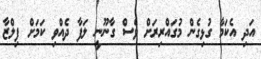
އަދި އެކަމާ ގުޅިގެން މުގައްރިރަށް ވެސް ގާނޫނީ ލަފާ ދެއްވި ކަމަށް ފިލްޒާ